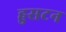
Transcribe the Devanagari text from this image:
हुसटन